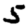
Digit: 5